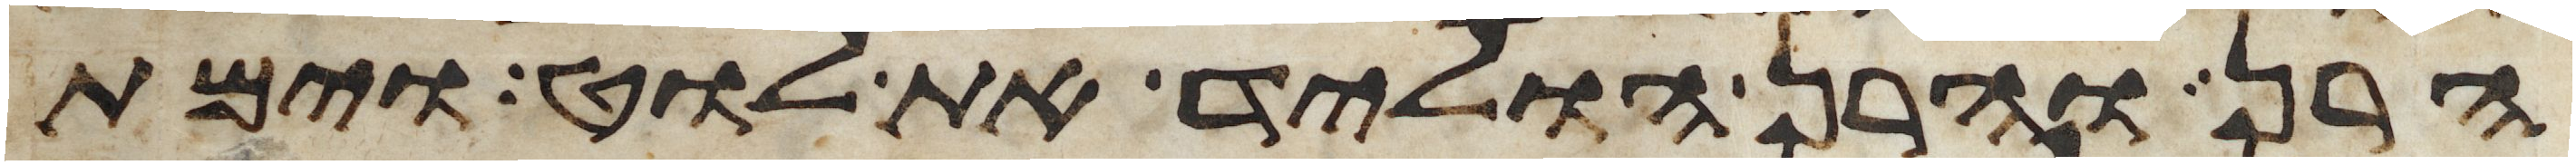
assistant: הרן והרן הוליד את לוט וימת